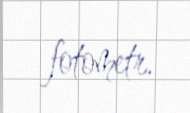
fotometr.